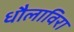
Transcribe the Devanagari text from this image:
धौलाविरा